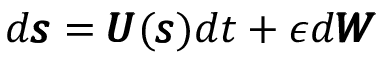
\begin{array} { r } { d \pmb { s } = \pmb { U } ( \pmb { s } ) d t + \epsilon d \pmb { W } } \end{array}